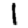
Digit: 1